Scottish Leaving Certificate Examination, 1957
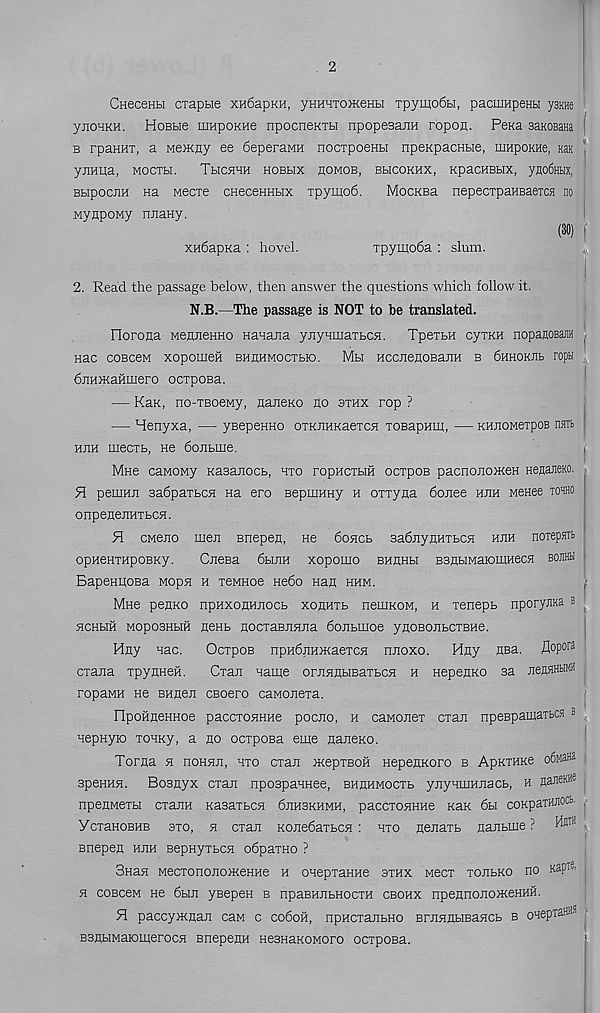
2
CHeceHH crapbie xH6apKH, yHHHTOHceHH Tpyino6Bi, pacmHpeHH yanHe
ynoHKH. HoBbie umpoKHe npocneKTH npopesajin ropon. Pena saKOBatia
b rpanHT, a Memny ee 6eperaMH nocrpoeHti npeKpacnbie, iiinpoKHe, Kan
yjIHUa, MOCTH.
TbICHHH HOBbIX HOMOB, BbICOKHX, KpaCHBHX, yflOfiHblX,
BbipocBH na Mecxe cneceHHbix xpymo6.
MocKBa nepecxpaHBaexcH no
wynpoMy niiaHy.
(30)
xn6apKa : hovel.
xpymo6a : slum.
2. Read the passage below, then answer the questions which follow it.
N.B.—The passage is NOT to be translated.
Horona MennenHo Banana ynynujaxbCH. TpexbH cyxKH nopanoBajin
nac coBceM xopomeii bhhhmocxbio. Mbi HccnenoBajiH b 6hhokjib ropu
6nH}KaHmero ocxpoBa.
— Kan, no-XBoewy, naneKO no axux rop ?
— Henyxa, — ysepeKHO oxKJiHKaexcn xoBapHm, — KHJiOMexpoB nm
hjih mecxb, He 6onbme.
Mh6 caMOwy Kasanocb, hxo ropncxbm ocxpoe pacnono>KeH Henaneno.
51 pemnn sadpaxbCH na ero BepuiHHy h oxxyna 6onee mm MeHee tohho
onpenenHXbCH.
51 cweno men Biropen, He 6oncb sabnynHXbcn vum norepsTb
opneHxnpoBKy.
Cneea 6binH xopomo bhhhh BBnHMaiomHecsi bojihu
BapeHiioea Mopn h xewHoe nebo nan hum.
Mne penno npaxonunocb xonHXb neuiKOM, h xenepb nporyma b
hchbih MoposHbiH neHb nocxaBnnna 6onbmoe ynoBonbcxBHe.
Hny nac.
OcxpoB npH6nH>Kaexcn nnoxo. Hny HBa. flopora
cxana xpynHeii.
Cxan name ornnnHBaxbCH h HepenKO sa nenaHtiMB
ropaMH He Bunen CBoero caMonexa.
ripoHneHHoe paccxonHHe pocno, h caMonex cxan npeBpainaTBca “
nepHyio xonny, a no ocxpoBa eme naneKO.
Torna n noHnn, hxo cxan OKepxBOH nepenKoro b ApKXHKe o6M3Ha
speHHH. Bosnyx cxan npospanHee, bhhhmocxb ynyamnnacb, h na®KW
npenMexbi cxanH Kasaxbcn 6nH3KHMH, paccxonHHe Kan 6bi coKpaxH® 01 '
YcxaHOBHB 3xo, 5i cxan Konebaxbcn : hxo nenaxb nanbme ? M® 11
Biropen nnn Bepnyxbcsi obpaxHO ?
SHan MecxononomeHHe h onepxaHHe sxhx Mecx xonbKO no Kap Te '
h cobccm He 6bin ysepen b npasimbHocxH cbohx npennono>KeHHH.
51 paccyninan caM c co6oh, npHCxanbHO BrnnnHBaHCb b oHepxaH® 1
BsnbiMaioinerocsi BnepenH HesnaKOMoro ocxpoBa.